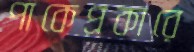
পাকেপ্রকারে